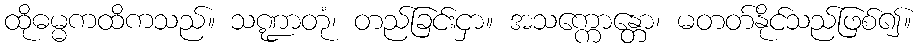
ထိုဓမ္မကထိကသည်။ သဏ္ဍာတုံ၊ တည်ခြင်းငှာ။ အသက္ကောန္တော၊ မတတ်နိုင်သည်ဖြစ်၍။